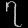
Digit: ၇